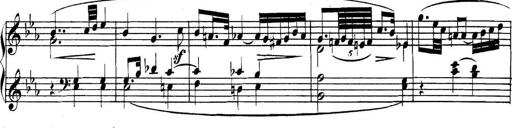
Title: Collected Piano Sonatas
Composer: Muzio Clementi